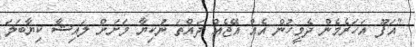
"އަފޫ އަހަރެމެން ދެމީހުން އެއް އޭޖެއް ދައްތަ ނުކިޔާ މަށަށް ލައިޝާ ކިޔާބަލަ